NAE_ERA_R-1992_EV_Ehitusministeerium, lk 9
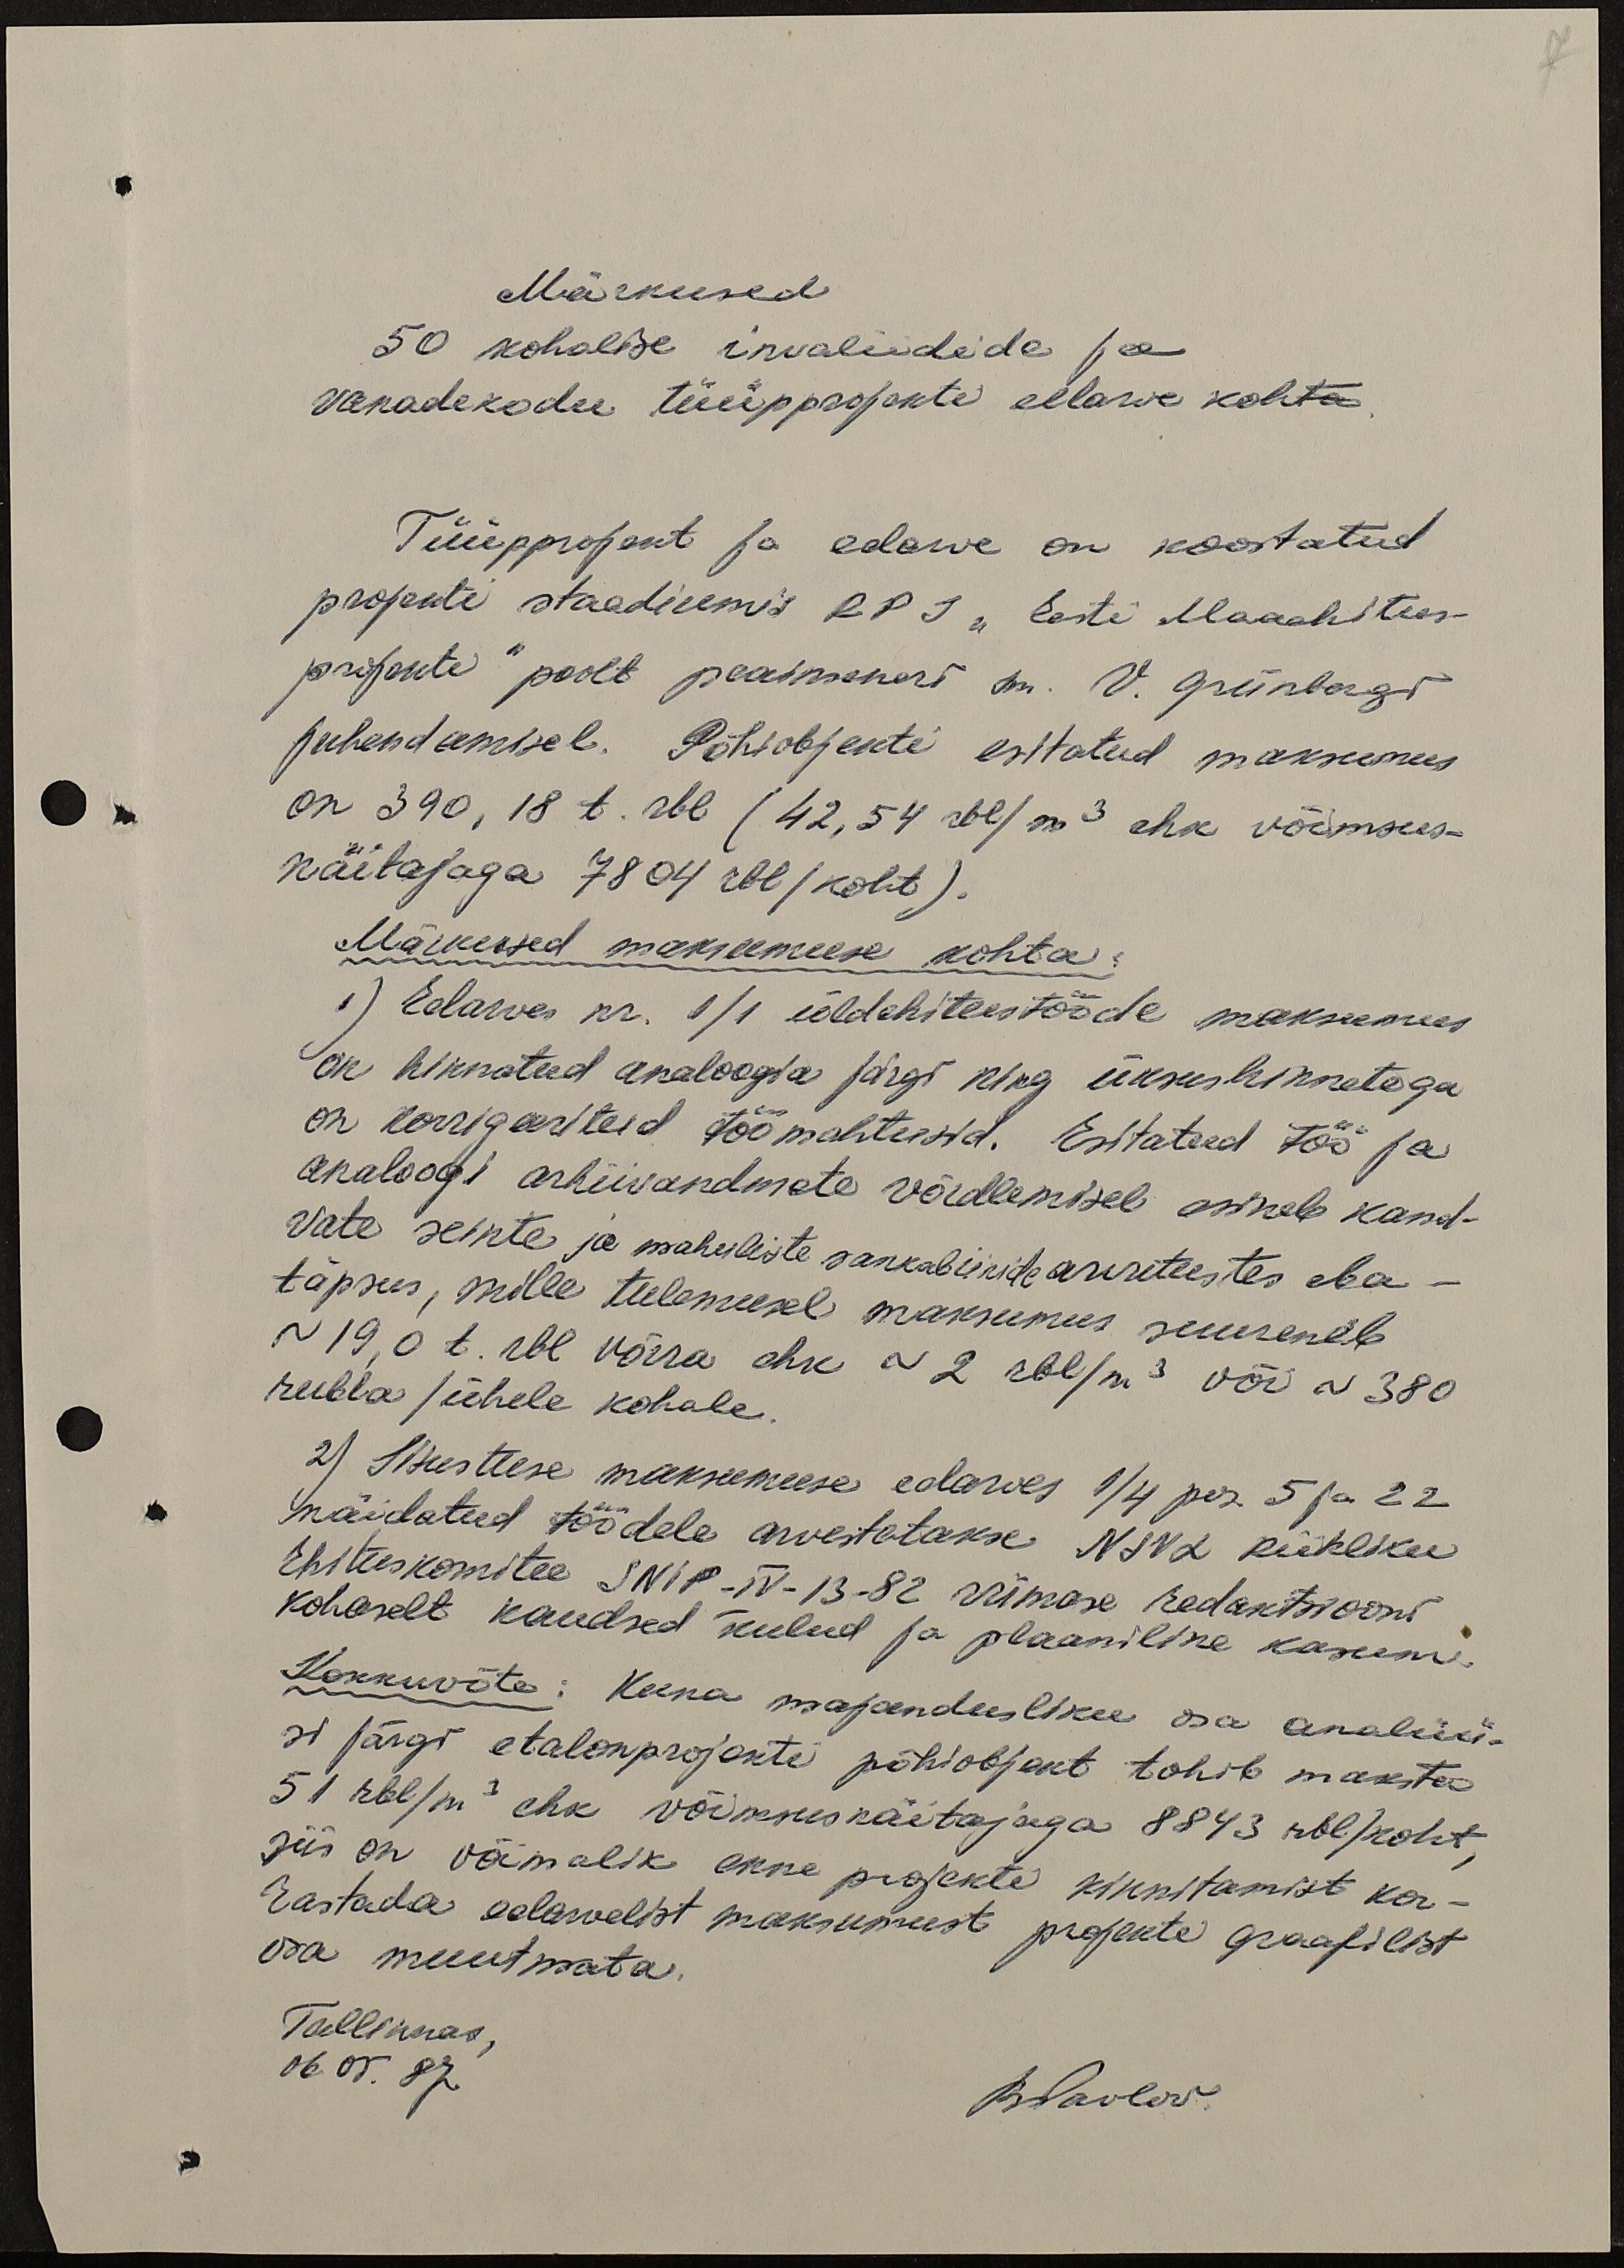
7

Märkused
50 kohalise invaliidide ja
vanadekodu tüüpprojekti eelarve kohta
Tüüpprojekt ja eelarve on koostatud
projekti staadiumis RPJ "Eesti Maaehitus-
projekti" poolt peainseneri sm. V. Grünbergi
juhendamisel. Põhiobjekti esitatud maksumus
on 390,18 t. rbl ( 42,54 rbl/ m3 ehk võimsus-
näitajaga 7804 rbl/koht).
Märkused maksumuse kohta:
1) Eelarves nr. 1/1 üldehitustööde maksumus
on hinnatud analoogia järgi ning üksushinnetega
on korrigeeritud töömahtusid. Esitatud töö ja
analoogi arhiivandmete võrdlemisel esineb kand-
vate seinte ja mahuliste sankabiinide arvutustes eba-
täpsus, mille tulemusel maksumus suureneb
~19,0 t. rbl võrra ehk ~2 rbl/m3 või ~380
rubla/ühele kohale.
2) Sisustuse maksumuse eelarves 1/4 per. 5 ja 22
näidatud töödele arvestatakse NSVL Riikliku
Ehituskomitee SNIP-IV-13-82 viimase redaktsiooni
kohaselt kaudsed kulud ja plaaniline kasum.
Kokkuvõte: Kuna majandusliku osa analüü-
si järgi etalonprojekti põhiobjekt tohib maksta
51 rbl/m3 ehk võimsusnäitajaga 8843 rbl/koht
siis on võimalik enne projekti kinnitamist kor-
rastada eelarvelist maksumust projekti graafilist
osa muutmata.
Tallinnas,
06.05. 87
JPavlov